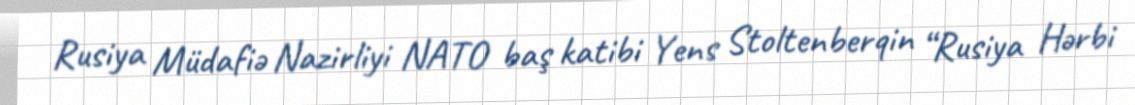
Rusiya Müdafiə Nazirliyi NATO baş katibi Yens Stoltenberqin “Rusiya Hərbi